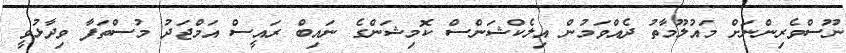
ނޫސްވެރިންނަށް މައުލޫމާތު ދެއްވަމުން އިލެކްޝަންސް ކޮމިޝަންގެ ނައިބް ރައީސް އަމްޖަދު މުސްތަފާ ވިދާޅުވީ